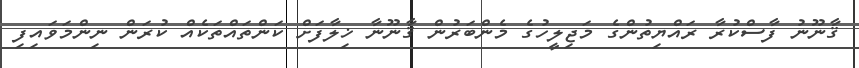
ޤާނޫނު ފާސްކުރާ ރައްޔިތުންގެ މަޖިލީހުގެ މެންބަރުން ޤާނޫނާ ޚިލާފަށް ކަންތައްތަކެއް ކުރަން ނިންމަވައިފި